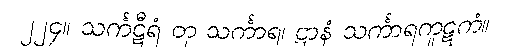
၂၂၄။ သင်္ကဋီရံ တု သင်္ကာရ၊ ဋ္ဌာနံ သင်္ကာရကူဋကံ။